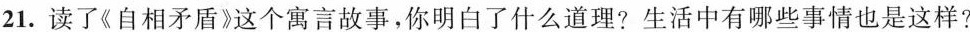
21. 读了《自相矛盾》这个寓言故事，你明白了什么道理?生活中有哪些事情也是这样?